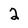
Character: 2